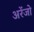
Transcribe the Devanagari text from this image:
अरेंजो